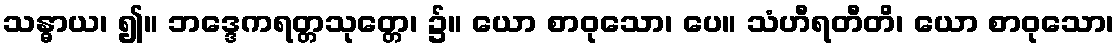
သန္ဓာယ၊ ၍။ ဘဒ္ဒေကရတ္တသုတ္တေ၊ ၌။ ယော စာဝုသော၊ ပေ။ သံဟီရတီတိ၊ ယော စာဝုသော၊